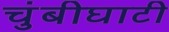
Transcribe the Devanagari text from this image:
चुंबीघाटी